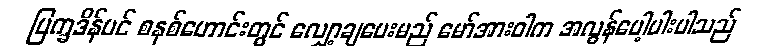
ပြက္ခဒိန်ပင် စနစ်ဟောင်းတွင် လျှော့ချပေးမည် မော်အားဝါက အလွန်ပေါ့ပါးပါသည်